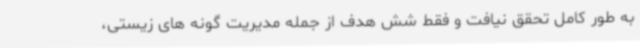
به طور کامل تحقق نیافت و فقط شش هدف از جمله مدیریت گونه های زیستی،